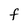
Character: F